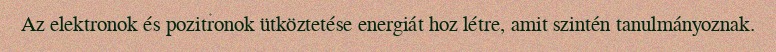
Az elektronok és pozitronok ütköztetése energiát hoz létre, amit szintén tanulmányoznak.